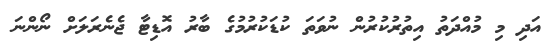
އަދި މި މުއްދަތު އިތުރުކުރުން ނުވަތަ ކުޑަކުރުމުގެ ބާރު އޮޑިޓާ ޖެނެރަލަށް ނޯންނަ